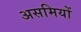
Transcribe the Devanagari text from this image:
असमियों